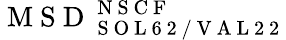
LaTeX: \mathrm{~M~S~D~}_{\mathrm{~S~O~L~6~2~/~V~A~L~2~2~}}^{\mathrm{~N~S~C~F~}}